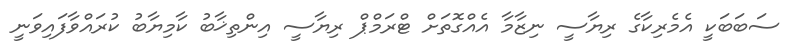
ސަބަބަކީ އެމެރިކާގެ ރިޔާސީ ނިޒާމާ އެއްގޮތަށް ޓްރަމްޕް ރިޔާސީ އިންތިޚާބު ކާމިޔާބު ކުރައްވާފައިވަނީ